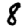
Digit: 8